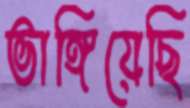
ভাঙ্গিয়েছি